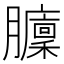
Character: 𦢵